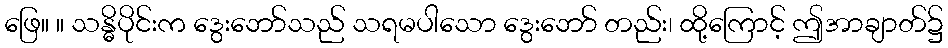
ဖြေ။ ။ သန္ဓိပိုင်းက ဒွေးဘော်သည် သရမပါသော ဒွေးဘော် တည်း၊ ထို့ကြောင့် ဤအာချာတ်၌